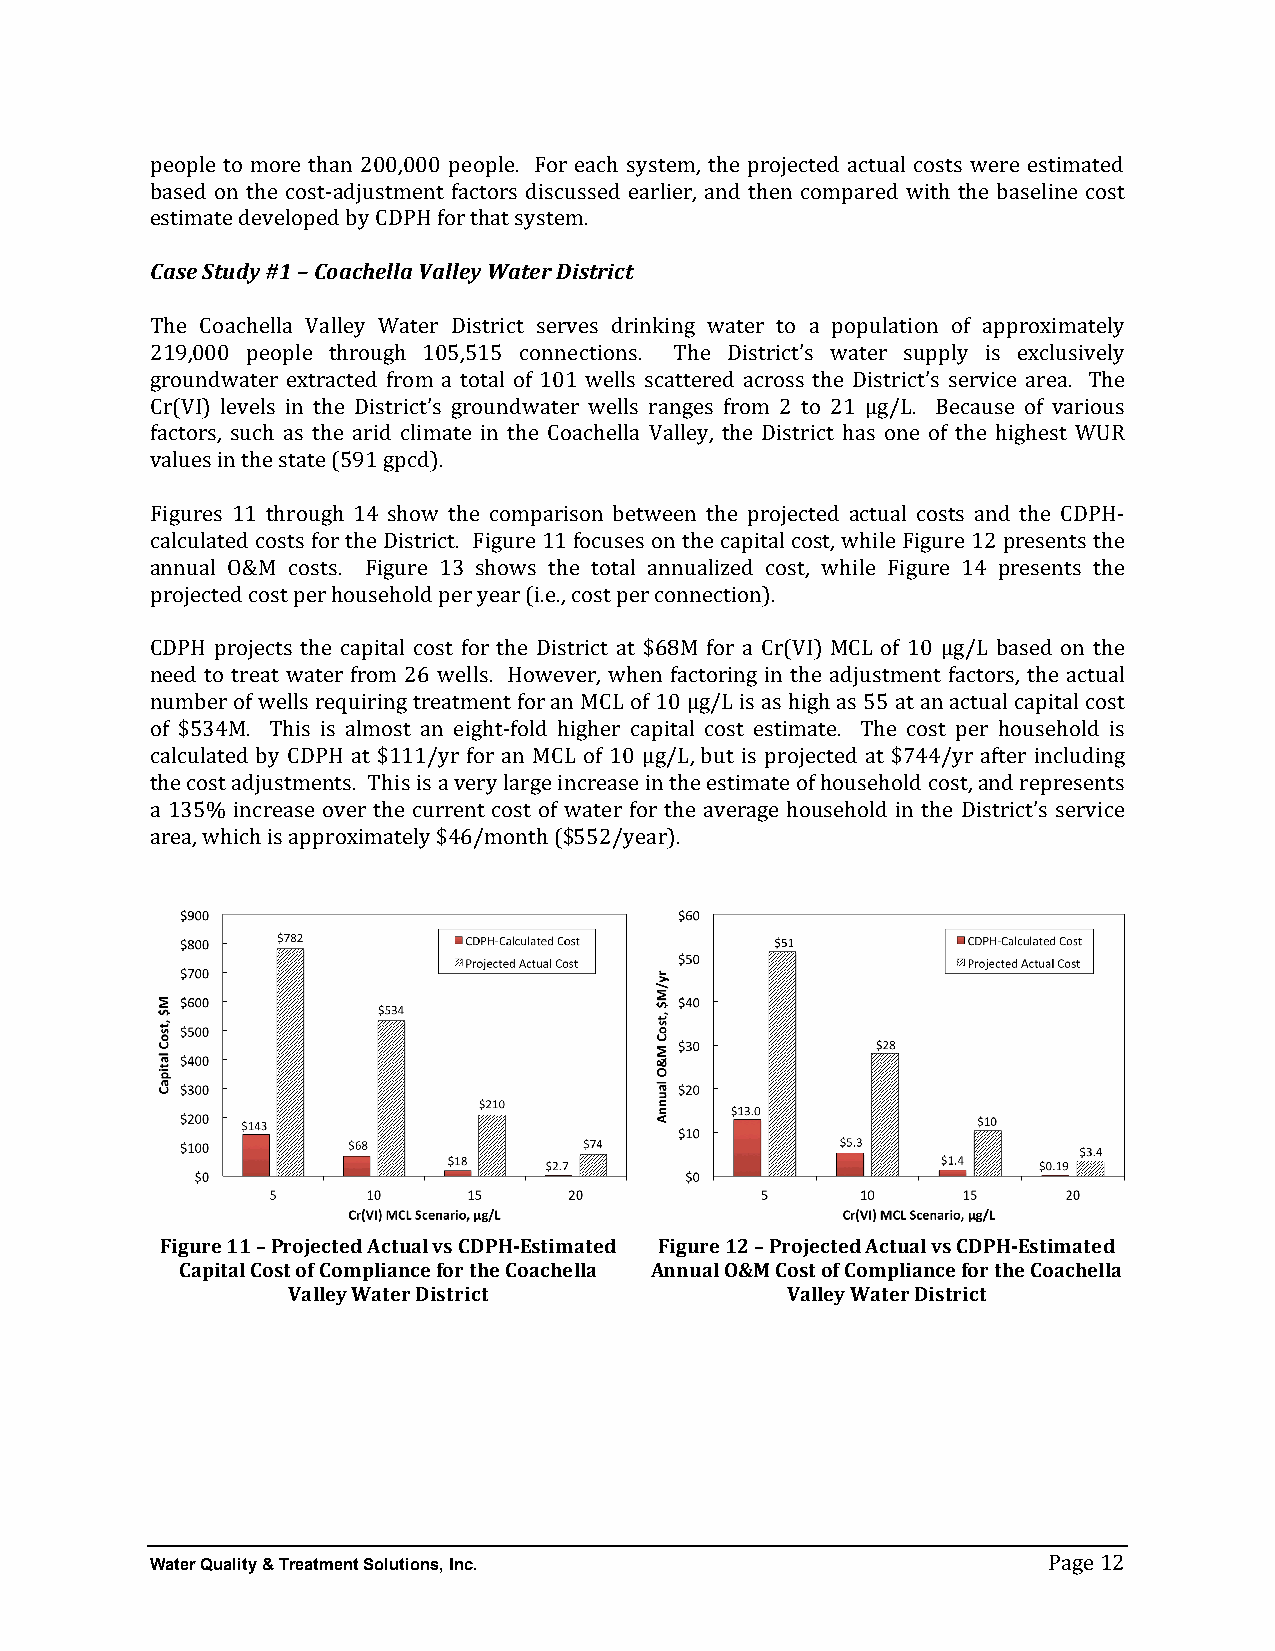
people to more than 200,000 people. For each system, the projected actual costs were estimated
 based on the cost-­‐adjustment factors discussed earlier, and then compared with the baseline cost
 Cesatsime Sattue ddye v#e1l o–p Ceoda bcyh eClDlaP HVa follre yth Wata styesrt eDmis.t r ict
 The Coachella Valley Water District serves drinking water to a population of approximately
 219,000 people through 105,515 connections. The District’s water supply is exclusively
 groundwater extracted from a total of 101 wells scattered across the District’s service area. The
 Cr(VI) levels in the District’s groundwater wells ranges from 2 to 21 µg/L. Because of various
 factors, such as the arid climate in the Coachella Valley, the District has one of the highest WUR
 values in the state (591 gpcd).
 Figures 11 through 14 show the comparison between the projected actual costs and the CDPH-­‐
 calculated costs for the District. Figure 11 focuses on the capital cost, while Figure 12 presents the
 annual O&M costs. Figure 13 shows the total annualized cost, while Figure 14 presents the
 projected cost per household per year (i.e., cost per connection).
 CDPH projects the capital cost for the District at $68M for a Cr(VI) MCL of 10 µg/L based on the
 need to treat water from 26 wells. However, when factoring in the adjustment factors, the actual
 number of wells requiring treatment for an MCL of 10 µg/L is as high as 55 at an actual capital cost
 of $534M. This is almost an eight-­‐fold higher capital cost estimate. The cost per household is
 calculated by CDPH at $111/yr for an MCL of 10 µg/L, but is projected at $744/yr after including
 the cost adjustments. This is a very large increase in the estimate of household cost, and represents
 a 135% increase over the current cost of water for the average household in the District’s service
 area, which is approximately $46/month ($552/year).
 Figure 11 – Projected Actual vs CDPH-­‐Estimated Figure 12 – Projected Actual vs CDPH-­‐Estimated
 Capital Cost of Compliance for the Coachella Annual O&M Cost of Compliance for the Coachella
 Valley Water District            Valley Water District
 Water Quality & Treatment Solutions, Inc.
 Page 12